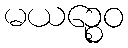
မယဉ္စေဝ